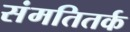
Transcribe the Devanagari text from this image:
संमतितर्क